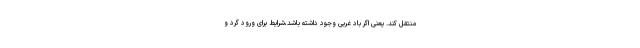
منتقل کند. یعنی اگر باد غربی وجود داشته باشد،شرایط برای ورود گرد و